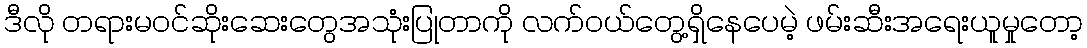
ဒီလို တရားမဝင်ဆိုးဆေးတွေအသုံးပြုတာကို လက်ဝယ်တွေ့ရှိနေပေမဲ့ ဖမ်းဆီးအရေးယူမှုတော့